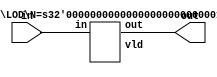
module LOD_N (in, out);

  function [31:0] log2;
    input reg [31:0] value;
    begin
      value = value-1;
      for (log2=0; value>0; log2=log2+1)
	value = value>>1;
    end
  endfunction

parameter N = 64;
parameter S = log2(N); 
input [N-1:0] in;
output [S-1:0] out;

wire vld;
LOD #(.N(N)) l1 (in, out, vld);
endmodule


module LOD (in, out, vld);

  function [31:0] log2;
    input reg [31:0] value;
    begin
      value = value-1;
      for (log2=0; value>0; log2=log2+1)
	value = value>>1;
    end
  endfunction


parameter N = 64;
parameter S = log2(N);

   input [N-1:0] in;
   output [S-1:0] out;
   output vld;

  generate
    if (N == 2)
      begin
	assign vld = |in;
	assign out = ~in[1] & in[0];
      end
    else if (N & (N-1))
      LOD #(1<<S) LOD ({1<<S {1'b0}} | in,out,vld);
    else
      begin
	wire [S-2:0] out_l, out_h;
	wire out_vl, out_vh;
	LOD #(N>>1) l(in[(N>>1)-1:0],out_l,out_vl);
	LOD #(N>>1) h(in[N-1:N>>1],out_h,out_vh);
	assign vld = out_vl | out_vh;
	assign out = out_vh ? {1'b0,out_h} : {out_vl,out_l};
      end
  endgenerate
endmodule